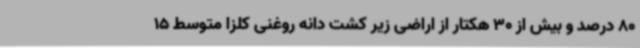
80 درصد و بیش از 30 هکتار از اراضی زیر کشت دانه روغنی کلزا متوسط 15